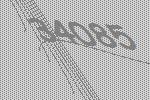
34085